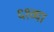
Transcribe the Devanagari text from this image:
६१व्या